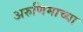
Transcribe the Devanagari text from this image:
अरुणिमाच्या